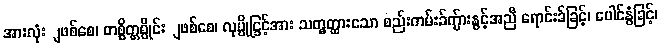
အားလုံးျဖစ်စေ၊ တစ္စိတ္တစ္ပိုင်းျဖစ်စေ၊ လုပ္ပိုင္ခြင့်အား သတ္မွတ္ထားသော စည်းကမ်းခ်က္မ်ားနွင့်အညီ ရောင်းခ်ခြင့်၊ ပေါင်နွံခြင့်၊